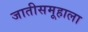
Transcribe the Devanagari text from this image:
जातीसमूहाला